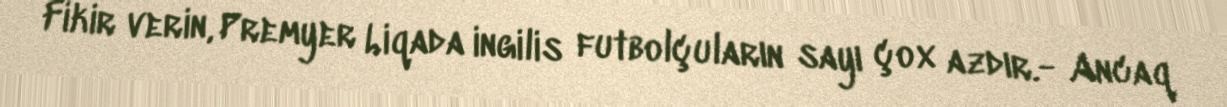
Fikir verin, Premyer Liqada ingilis futbolçuların sayı çox azdır.- Ancaq